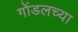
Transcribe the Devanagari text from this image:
गोंडलच्या